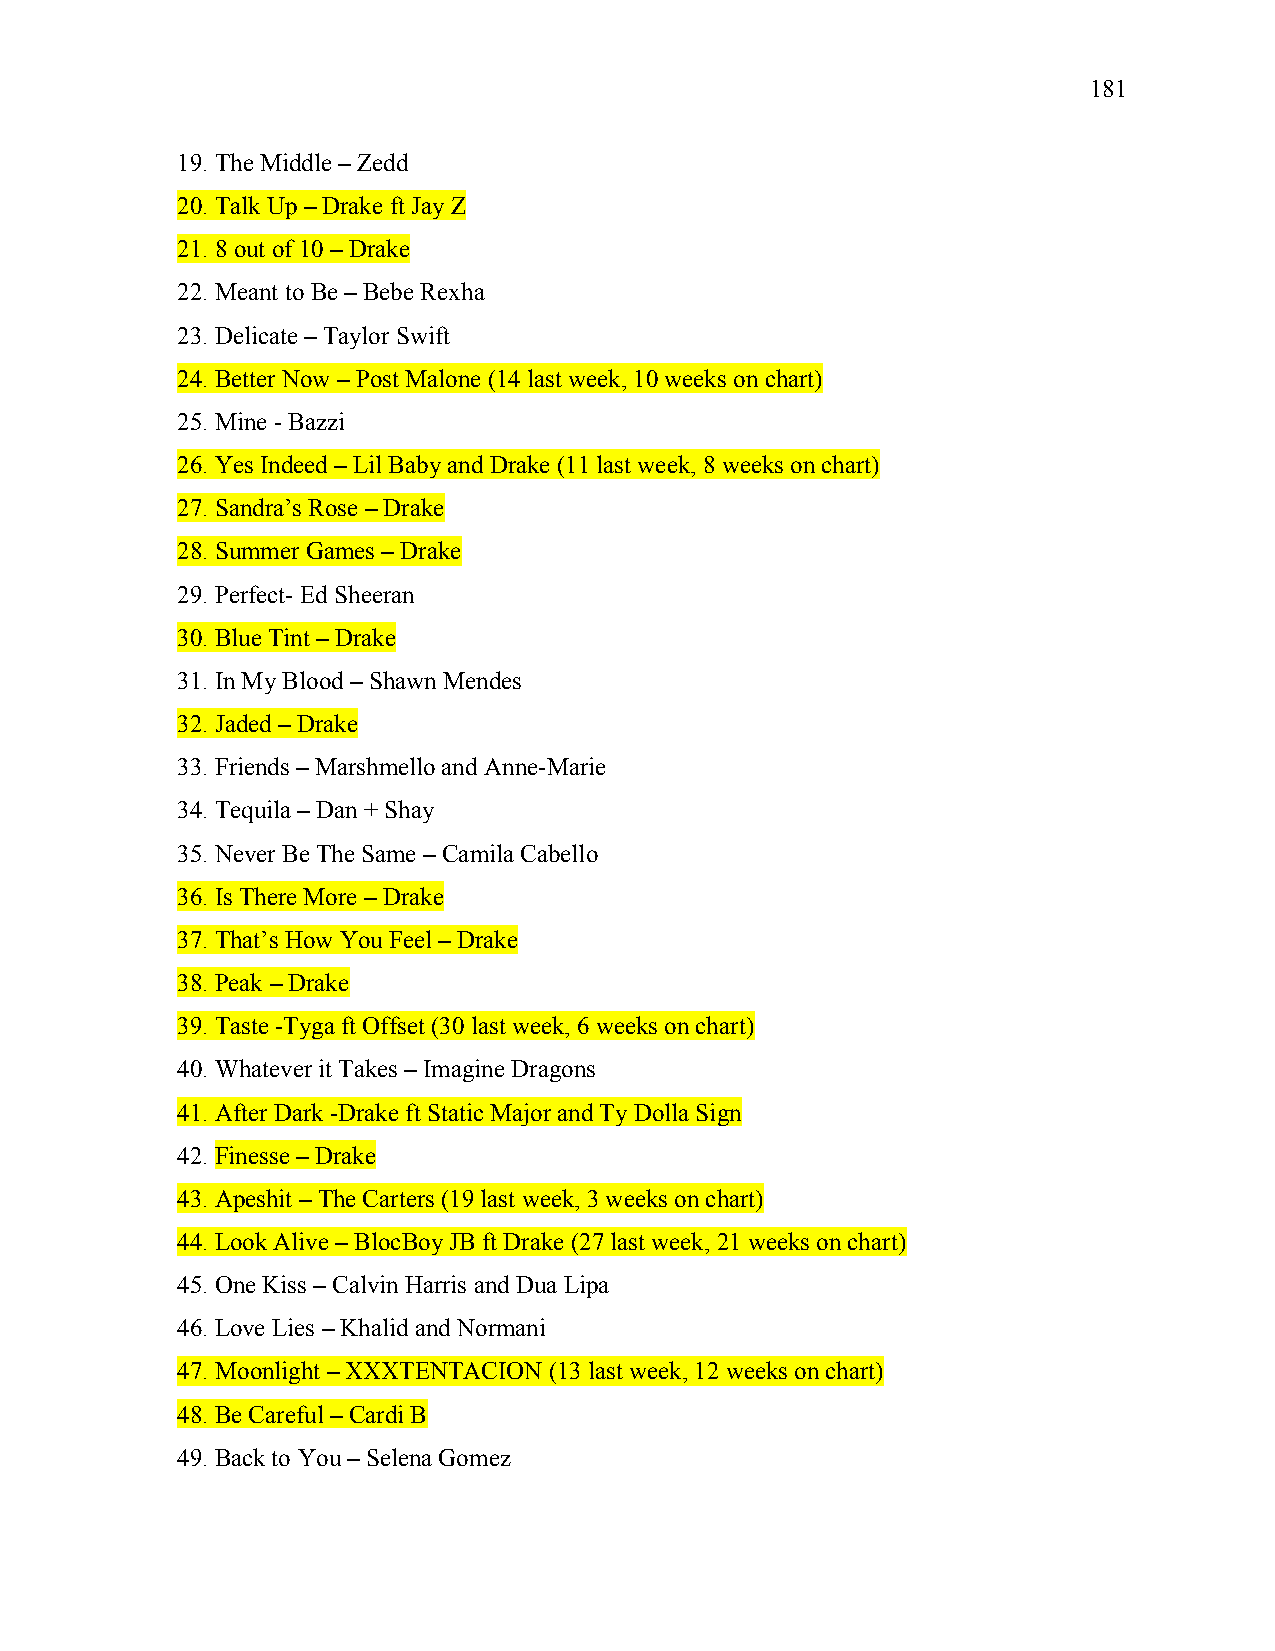
181
 19. The Middle – Zedd
 20. Talk Up – Drake ft Jay Z
 21. 8 out of 10 – Drake
 22. Meant to Be – Bebe Rexha
 23. Delicate – Taylor Swift
 24. Better Now – Post Malone (14 last week, 10 weeks on chart)
 25. Mine - Bazzi
 26. Yes Indeed – Lil Baby and Drake (11 last week, 8 weeks on chart)
 27. Sandra’s Rose – Drake
 28. Summer Games – Drake
 29. Perfect- Ed Sheeran
 30. Blue Tint – Drake
 31. In My Blood – Shawn Mendes
 32. Jaded – Drake
 33. Friends – Marshmello and Anne-Marie
 34. Tequila – Dan + Shay
 35. Never Be The Same – Camila Cabello
 36. Is There More – Drake
 37. That’s How You Feel – Drake
 38. Peak – Drake
 39. Taste -Tyga ft Offset (30 last week, 6 weeks on chart)
 40. Whatever it Takes – Imagine Dragons
 41. After Dark -Drake ft Static Major and Ty Dolla Sign
 42. Finesse – Drake
 43. Apeshit – The Carters (19 last week, 3 weeks on chart)
 44. Look Alive – BlocBoy JB ft Drake (27 last week, 21 weeks on chart)
 45. One Kiss – Calvin Harris and Dua Lipa
 46. Love Lies – Khalid and Normani
 47. Moonlight – XXXTENTACION (13 last week, 12 weeks on chart)
 48. Be Careful – Cardi B
 49. Back to You – Selena Gomez